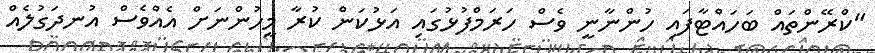
"ކްރޭންތައް ބަހައްޓާފައި ހުންނާނީ ވެސް ހަރަމްފުޅުގައި އަޅުކަން ކުރާ މީހުންނަށް އެއްވެސް އުނދަގުލެއް